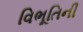
વિભૂતિની